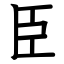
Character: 臣